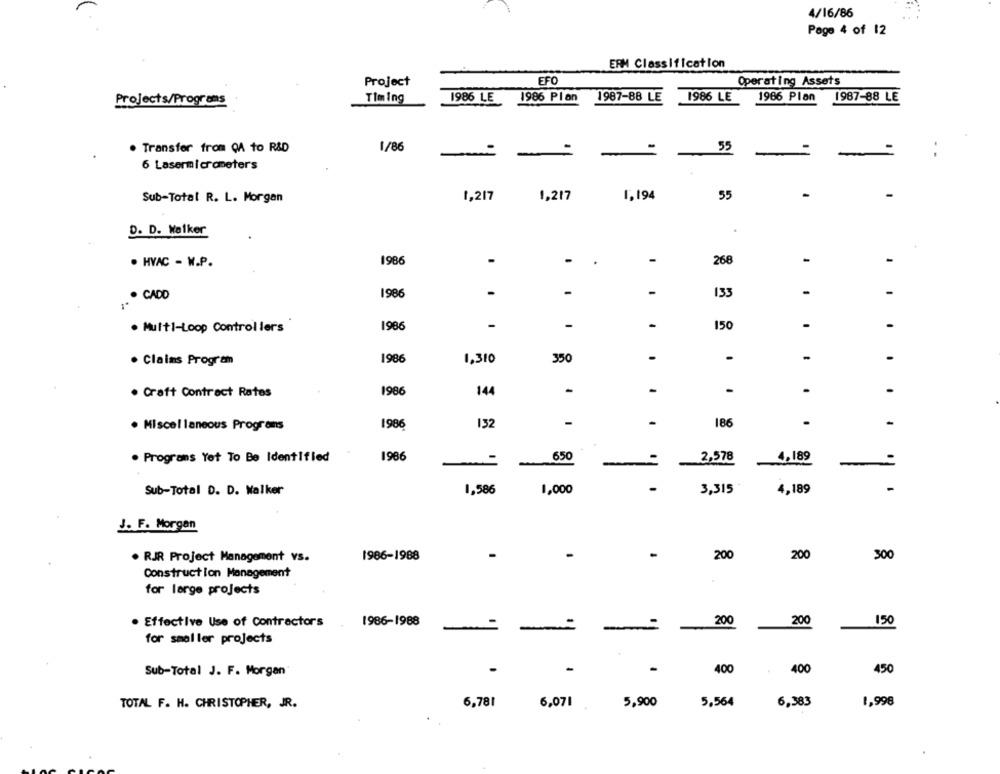
4/16/86
Page 4 of 12
ERM Classification
Project
EFO
Operating Assets
Projects/Programs
Timing
1986 LE
1986 Plan
1987-88 LE
1986 LE
1966 Plan
1987-88 LE
. Transfer from CA to R&D
1/86
55
-
-
6 Lasermicrometers
-
Sub-Total R. L. Morgan
1,217
1,217
1,194
55
D. D. Walker
. HVAC - W.P.
1986
-
-
.
-
268
-
1986
-
133
-
-
. CADD
-
-
. Multi-Loop Controllers
1986
150
-
-
-
-
· Claims Program
1986
1,310
350
-
· Craft Contract Rates
1986
144
-
-
-
.
. Miscellaneous Programns
1986
132
-
186
. Programs Yet To Be Identified
1986
650
2,578
4,189
-
Sub-Total D. D. Walker
1,586
1,000
3,315
4,189
J. F. Morgan
. RJR Project Management vs.
1986-1988
-
200
200
300
Construction Management
for large projects
150
. Effective Use of Contractors
1986-1988
-
-
200
200
for smaller projects
Sub-Total J. F. Morgan
-
-
400
400
450
TOTAL F. H. CHRISTOPHER, JR.
6,781
6,071
5,900
5,564
6,383
1,998